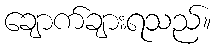
ချောက်ချားရသည်။